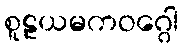
စူဠယမကဝဂ္ဂေါ